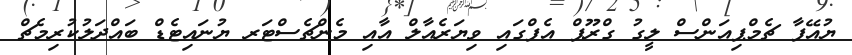
ޔުއޭފާ ޗެމްޕިއަންސް ލީގު ގްރޫޕް އެފްގައި ވިޔަރެއާލް އާއި މެންޗެސްޓަރ ޔުނައިޓެޑް ބައްދަލުކުރިމެޗް